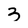
Character: 3